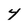
Character: 4